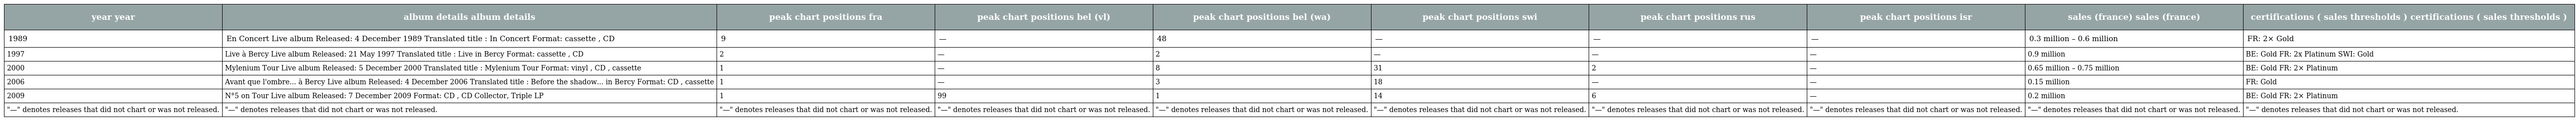
| year year | album details album details | peak chart positions fra | peak chart positions bel (vl) | peak chart positions bel (wa) | peak chart positions swi | peak chart positions rus | peak chart positions isr | sales (france) sales (france) | certifications ( sales thresholds ) certifications ( sales thresholds ) |
 | --- | --- | --- | --- | --- | --- | --- | --- | --- | --- |
 | 1989 | En Concert Live album Released: 4 December 1989 Translated title : In Concert Format: cassette , CD | 9 | — | 48 | — | — | — | 0.3 million – 0.6 million | FR: 2× Gold |
 | 1997 | Live à Bercy Live album Released: 21 May 1997 Translated title : Live in Bercy Format: cassette , CD | 2 | — | 2 | — | — | — | 0.9 million | BE: Gold FR: 2x Platinum SWI: Gold |
 | 2000 | Mylenium Tour Live album Released: 5 December 2000 Translated title : Mylenium Tour Format: vinyl , CD , cassette | 1 | — | 8 | 31 | 2 | — | 0.65 million – 0.75 million | BE: Gold FR: 2× Platinum |
 | 2006 | Avant que l'ombre... à Bercy Live album Released: 4 December 2006 Translated title : Before the shadow... in Bercy Format: CD , cassette | 1 | — | 3 | 18 | — | — | 0.15 million | FR: Gold |
 | 2009 | N°5 on Tour Live album Released: 7 December 2009 Format: CD , CD Collector, Triple LP | 1 | 99 | 1 | 14 | 6 | — | 0.2 million | BE: Gold FR: 2× Platinum |
 | "—" denotes releases that did not chart or was not released. | "—" denotes releases that did not chart or was not released. | "—" denotes releases that did not chart or was not released. | "—" denotes releases that did not chart or was not released. | "—" denotes releases that did not chart or was not released. | "—" denotes releases that did not chart or was not released. | "—" denotes releases that did not chart or was not released. | "—" denotes releases that did not chart or was not released. | "—" denotes releases that did not chart or was not released. | "—" denotes releases that did not chart or was not released. |